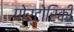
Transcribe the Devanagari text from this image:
पोर्टोरिकी